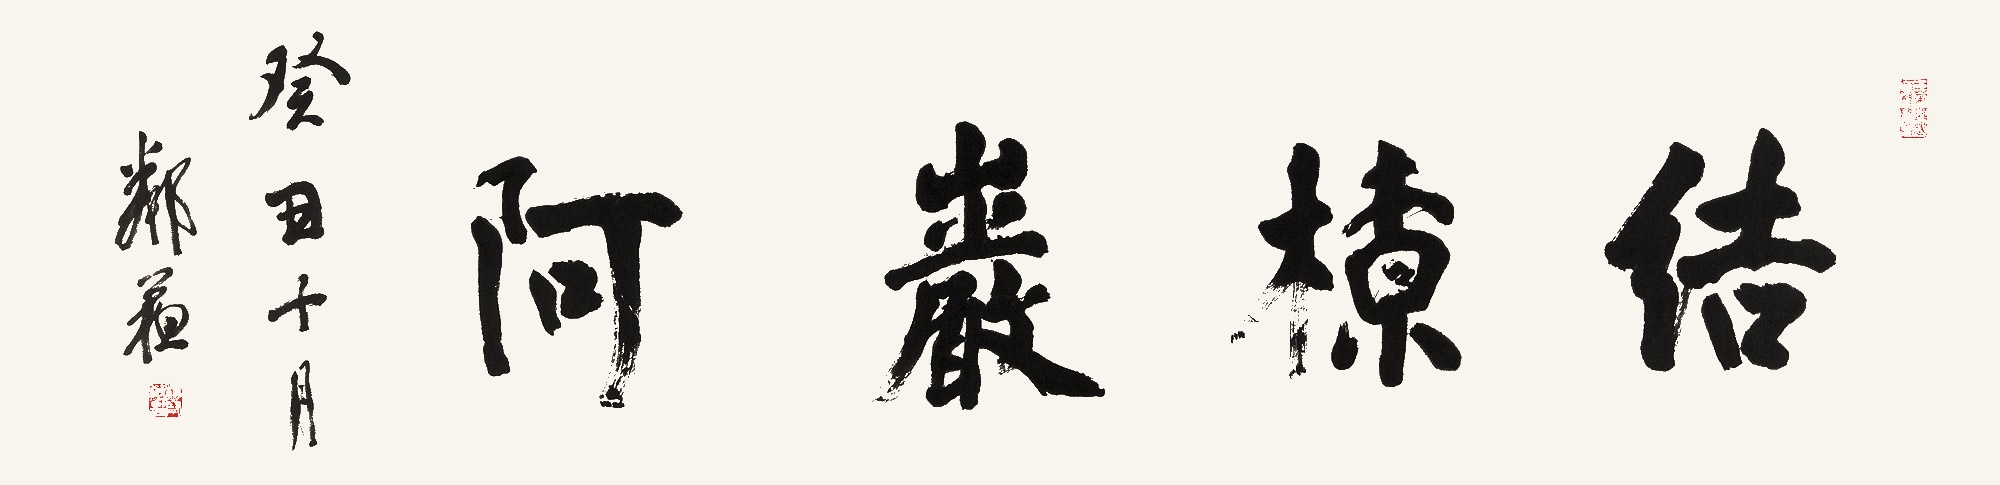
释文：结橑岩阿癸丑十月。邻苏。